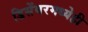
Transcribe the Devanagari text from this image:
डिसेंबरमध्येही